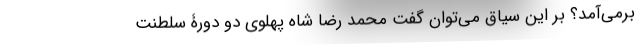
برمی‌آمد؟ بر این سیاق می‌توان گفت محمد رضا شاه پهلوی دو دورۀ سلطنت